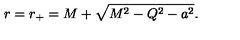
r = r _ { + } = M + \sqrt { M ^ { 2 } - Q ^ { 2 } - a ^ { 2 } } .